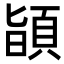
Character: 𩒨